Trukikaitis_Postimees, lk 89
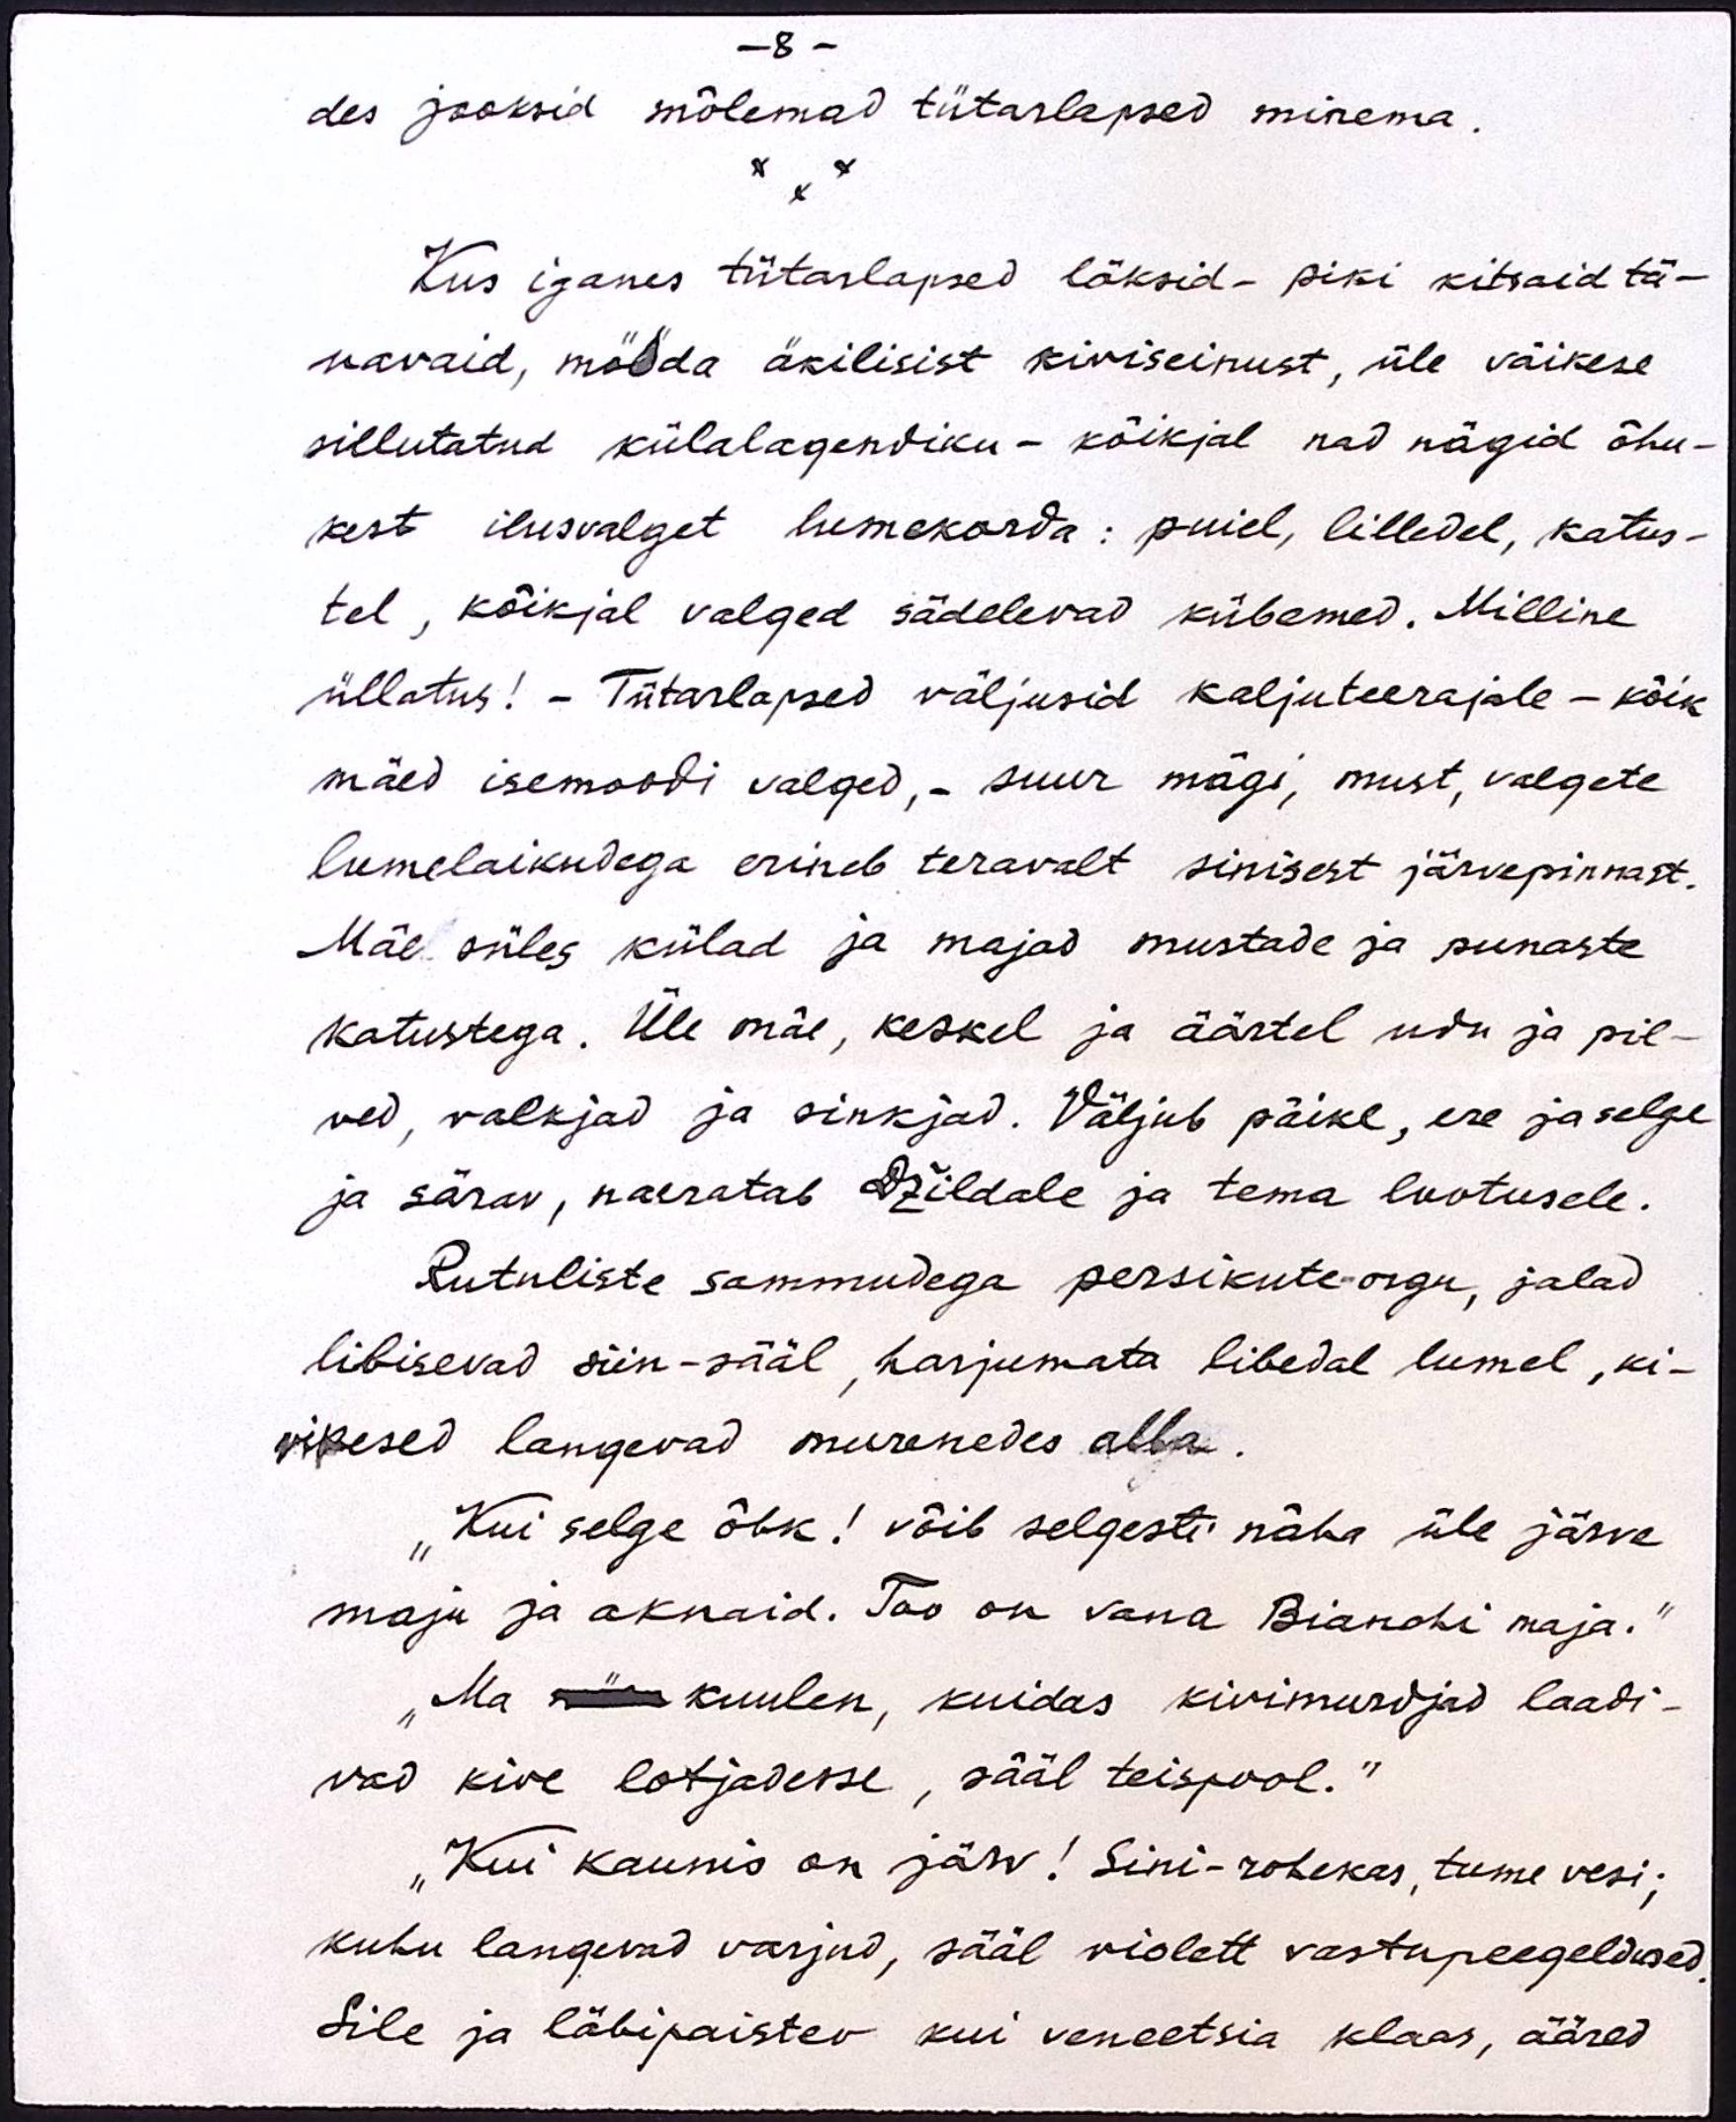
- 8 -
des jooksid mõlemad tütarlapsed minema.
Kus iganes tütarlapsed läksid - piki kitsaid tä-
navaid, mööda äkilisist kiviseinust, üle väikese
sillutatud külalagendiku - kõikjal nad nägid õhu-
kest ilusvalget lumekorda: puiel, lilledel, katus-
tel, kõikjal valged sädelevad kübemed. Milline
üllatus! - Tütarlapsed väljusid kaljuteerajale - kõik
mäed isemoodi valged, - suur mägi, must, valgete
lumelaikudega erineb teravalt sinisest järvepinnast.
Mäe süles külad ja majad mustade ja punaste
katustega. Üle mäe, keskel ja äärtel udu ja pil-
ved, valkjad ja sinkjad. Väljub päike, ere ja selge
ja särav, naeratab Džildale ja tema lootusele.
Rutuliste sammudega persikute-orgu, jalad
libisevad siin-sääl, harjumata libedal lumel, ki-
vikesed langevad murenedes alla.
"Kui selge õhk! võib selgesti näha üle järve
maju ja aknaid. Too on vana Bianchi maja."
Ma näen kuulen, kuidas kivimurdjad laadi-
vad kive lotjadesse, sääl teispool.“
"Kui kaunis on järv! Sini-rohekas, tume vesi;
kuhu langevad varjud, sääl violett vastupeegeldused.
Sile ja läbipaistev kui veneetsia klaas, ääred